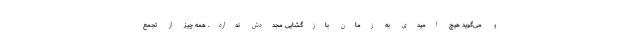
و می‌گوید هیچ امیدی به زمان بازگشایی مجددش ندارد. همه چیز از تجمع